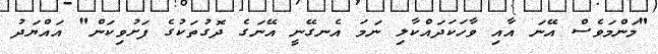
"މަންމަވެސް އޭނަ އާއި ވާހަކަދައްކާލި ނަމަ އެނގޭނީ އޭނަގެ ދޮގުތަކުގެ ފަށުވިކަން" އައްޔަދު